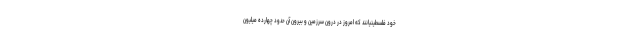
خود فلسطینیانند که امروز در درون سرزمین و بیرون آن حدود چهارده میلیون